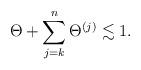
LaTeX: \begin{align*}{\Theta} + \sum_{j=k}^n {\Theta}^{(j)} \lesssim 1.\end{align*}